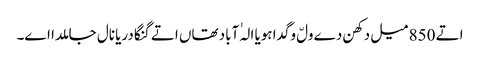
اتے 850 میل دکھن دے ولّ وگدا ہویا الہٰ آباد تھاں اتے گنگا دریا نال جا ملدا اے۔